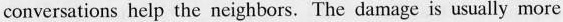
conversations help the neighbors.The damage is usually more